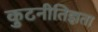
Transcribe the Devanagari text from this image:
कुटनीतिज्ञता